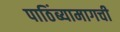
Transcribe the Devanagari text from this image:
पाठिंब्यामागची